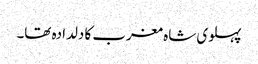
پہلوی شاہ مغرب کا دلدادہ تھا۔